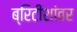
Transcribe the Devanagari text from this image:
ब्रिटीशांवर